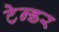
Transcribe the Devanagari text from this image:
टेन्‍डर